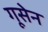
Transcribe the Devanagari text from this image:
गूसेन